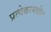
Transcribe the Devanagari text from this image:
प्रत्येकामधील